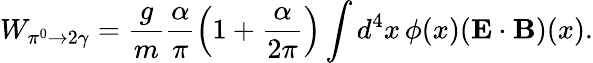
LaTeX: W_{\pi^{0}\to 2\gamma}=\frac{g}{m}\frac{\alpha}{\pi}\left(1+\frac{\alpha}{2\pi}\right)\int d^{4}x\, \phi(x)(\mathbf{E\cdot B})(x).